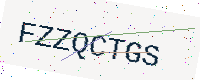
Text: FZZQCTGS